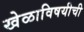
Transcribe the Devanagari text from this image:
खेळाविषयीची